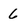
Character: 6